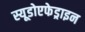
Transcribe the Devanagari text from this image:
स्यूडोएफेड्राइन